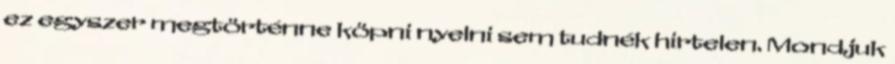
ez egyszer megtörténne köpni nyelni sem tudnék hirtelen. Mondjuk